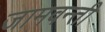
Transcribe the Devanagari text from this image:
जामवन्ती